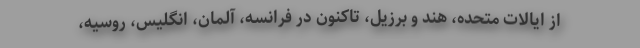
از ایالات متحده، هند و برزیل، تاکنون در فرانسه، آلمان، انگلیس، روسیه،